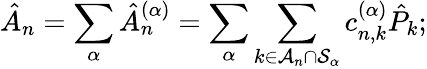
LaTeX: \hat{A}_{n}=\sum_{\alpha}\hat{A}_{n}^{(\alpha)}=\sum_{\alpha}\sum_{k\in\mathcal{A}_{n}\cap\mathcal{S}_{\alpha}}c_{n,k}^{(\alpha)}\hat{P}_{k};